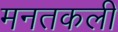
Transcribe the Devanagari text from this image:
मनतकली